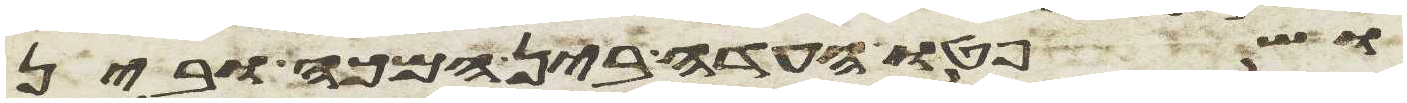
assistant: ושפטו העדה בין המכה ובין